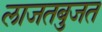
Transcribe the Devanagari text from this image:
लाजतबुजत